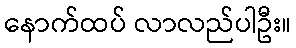
နောက်ထပ် လာလည်ပါဦး။